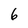
Character: 6